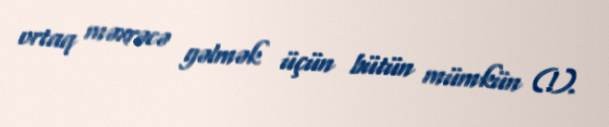
ortaq məxrəcə gəlmək üçün bütün mümkün (!).